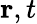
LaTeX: {\mathbf r},t